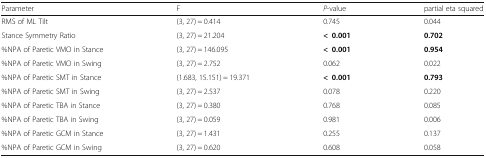
<table><thead><tr><td><b>Parameter</b></td><td><b>F</b></td><td><b><i>P</i>-value</b></td><td><b>partial eta squared</b></td></tr></thead><tbody><tr><td>RMS of ML Tilt</td><td>(3, 27) = 0.414</td><td>0.745</td><td>0.044</td></tr><tr><td>Stance Symmetry Ratio</td><td>(3, 27) = 21.204</td><td><b>&lt;0.001</b></td><td><b>0.702</b></td></tr><tr><td>%NPA of Paretic VMO in Stance</td><td>(3, 27) = 146.095</td><td><b>&lt;0.001</b></td><td><b>0.954</b></td></tr><tr><td>%NPA of Paretic VMO in Swing</td><td>(3, 27) = 2.752</td><td>0.062</td><td>0.022</td></tr><tr><td>%NPA of Paretic SMT in Stance</td><td>(1.683, 15.151) = 19.371</td><td><b>&lt;0.001</b></td><td><b>0.793</b></td></tr><tr><td>%NPA of Paretic SMT in Swing</td><td>(3, 27) = 2.537</td><td>0.078</td><td>0.220</td></tr><tr><td>%NPA of Paretic TBA in Stance</td><td>(3, 27) = 0.380</td><td>0.768</td><td>0.085</td></tr><tr><td>%NPA of Paretic TBA in Swing</td><td>(3, 27) = 0.059</td><td>0.981</td><td>0.006</td></tr><tr><td>%NPA of Paretic GCM in Stance</td><td>(3, 27) = 1.431</td><td>0.255</td><td>0.137</td></tr><tr><td>%NPA of Paretic GCM in Swing</td><td>(3, 27) = 0.620</td><td>0.608</td><td>0.058</td></tr></tbody></table>